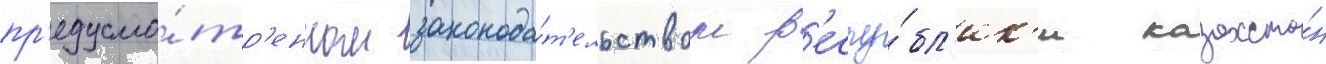
пр'едусмо́тр'енном законода́т'ельством р'еспу́бл'ик'и казахста́н